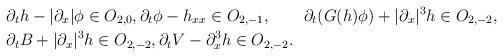
LaTeX: \begin{align*}&\partial_th-|\partial_x|\phi\in O_{2,0},\partial_t\phi-h_{xx}\in O_{2,-1},\qquad\partial_t(G(h)\phi)+|\partial_x|^3h\in O_{2,-2},\\&\partial_tB+|\partial_x|^3h\in O_{2,-2},\partial_tV-\partial_x^3h\in O_{2,-2}.\end{align*}